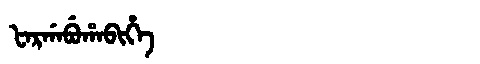
Manchu: ᡶᠠᡵᡤᠠᠪᡠᡥᠠᠪᡳᡥᡝ
Romanization: FARGABUHABIHE